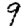
Digit: 9